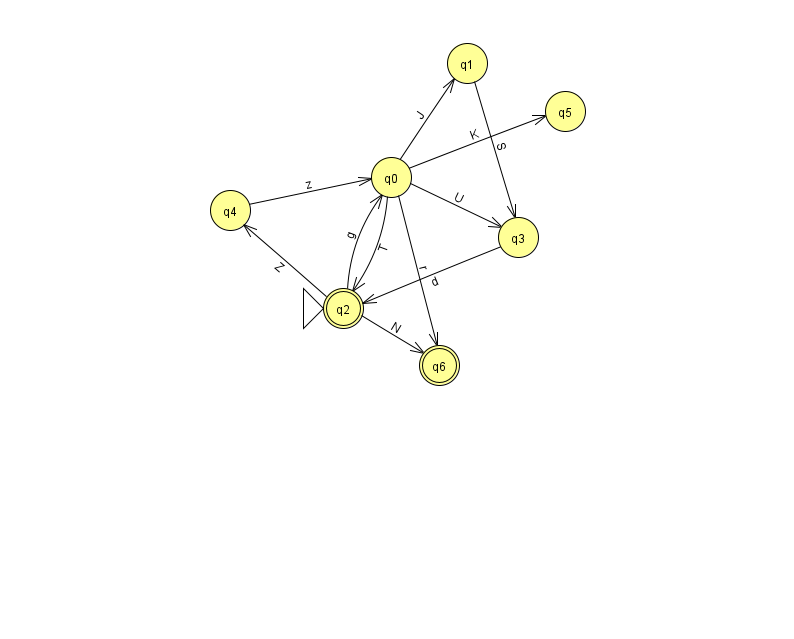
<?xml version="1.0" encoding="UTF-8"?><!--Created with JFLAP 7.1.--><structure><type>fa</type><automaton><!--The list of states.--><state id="0" name="q0"><x>391.0</x><y>164.0</y></state><state id="1" name="q1"><x>467.0</x><y>50.0</y></state><state id="2" name="q2"><x>343.0</x><y>295.0</y><initial/><final/></state><state id="3" name="q3"><x>518.0</x><y>224.0</y></state><state id="4" name="q4"><x>230.0</x><y>197.0</y></state><state id="5" name="q5"><x>565.0</x><y>98.0</y></state><state id="6" name="q6"><x>439.0</x><y>352.0</y><final/></state><!--The list of transitions.--><transition><from>0</from><to>5</to><read>K</read></transition><transition><from>2</from><to>6</to><read>N</read></transition><transition><from>2</from><to>0</to><read>g</read></transition><transition><from>4</from><to>0</to><read>z</read></transition><transition><from>0</from><to>2</to><read>T</read></transition><transition><from>2</from><to>4</to><read>Z</read></transition><transition><from>0</from><to>1</to><read>J</read></transition><transition><from>0</from><to>3</to><read>U</read></transition><transition><from>3</from><to>2</to><read>d</read></transition><transition><from>0</from><to>6</to><read>r</read></transition><transition><from>1</from><to>3</to><read>S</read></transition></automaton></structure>